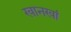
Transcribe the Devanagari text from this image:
खानखां